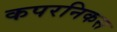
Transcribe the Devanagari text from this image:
कपरनिकस